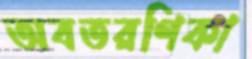
অবতরণিকা